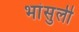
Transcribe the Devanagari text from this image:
भांसुली